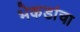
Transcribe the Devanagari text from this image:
भेकडांचा